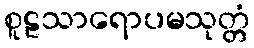
စူဠသာရောပမသုတ္တံ